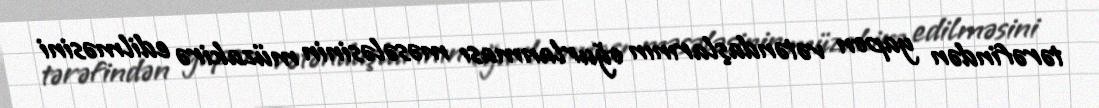
tərəfindən yapon vətəndaşlarının oğurlanması məsələsinin müzakirə edilməsini